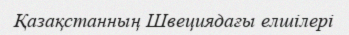
Қазақстанның Швециядағы елшілері